Vaccination in the Punjab 1897-1904 - 1897-1904
Year: 1897
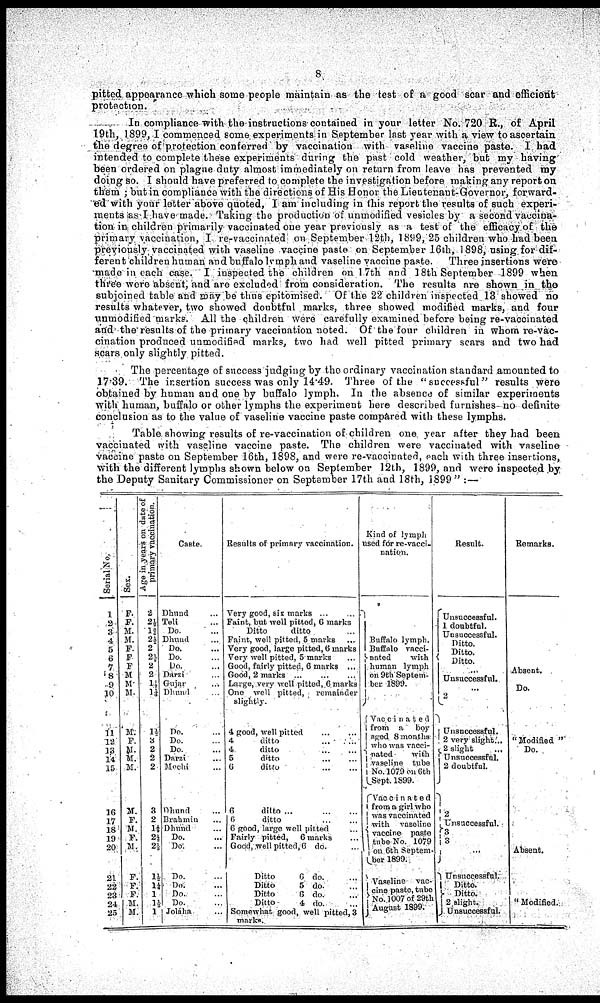
8
pitted appearance which some people maintain as the test of a good scar and efficient
protection.
In compliance with the instructions contained in your letter No. 720 R., of April
19th, 1899, I commenced some experiments in September last year with a view to ascertain
the degree of protection conferred by vaccination with vaseline vaccine paste. I had
intended to complete these experiments during the past cold weather, but my having
been ordered on plague duty almost immediately on return from leave has prevented my
doing so. I should have preferred to complete the investigation before making any report on
them ; but in compliance with the directions of His Honor the Lieutenant-Governor, forward-
ed with your letter above quoted, I am including in this report the results of such experi-
ments as I have made. Taking the production of unmodified vesicles by a second vaccina-
tion in children primarily vaccinated one year previously as a test of the efficacy of the
primary vaccination, I re-vaccinated on September 12th, 1899, 25 children who had been
previously vaccinated with vaseline vaccine paste on September 16th, 1898, using for dif-
ferent children human and buffalo lymph and vaseline vaccine paste.
Three insertions were
made in each case. I inspected the children on 17th and 18th September 1899 when
three were absent, and are excluded from consideration. The results are shown in the
subjoined table and may be thus epitomised. Of the 22 children inspected 13 showed no
results whatever, two showed doubtful marks, three showed modified marks, and four
unmodified marks. All the children were carefully examined before being re-vaccinated
and the results of the primary vaccination noted. Of the four children in whom re-vac-
cination produced unmodified marks, two had well pitted primary scars and two had
scars only slightly pitted.
The percentage of success judging by the ordinary vaccination standard amounted to
17.39. The insertion success was only 14.49. Three of the “successful“ results were
obtained by human and one by buffalo lymph. In the absence of similar experiments
with human, buffalo or other lymphs the experiment here described furnishes- no definite
conclusion as to the value of vaseline vaccine paste compared with these lymphs.
Table showing results of re-vaccination of children one year after they had been
vaccinated with vaseline vaccine paste. The children were vaccinated with vaseline
vaccine paste on September 16th, 1898, and were re-vaccinated, each with three insertions,
with the different lymphs shown below on September 12th, 1899, and were inspected by
the Deputy Sanitary Commissioner on September 17th and 18th, 1899" :—
Serial No.
1
2
3
4
5
6
7
8
9
10
11
12
13
14
15
16
17
18
19
20
21
22
23
24
25
Sex.
F.
F.
M.
M.
F.
F.
F.
M.
M.
M.
M.
F.
M.
M.
M.
M.
F.
M.
F.
M.
F.
F.
F.
M.
M.
Age in years on date of
primary vaccination.
2
2½
1¾
2½
2
2½
2
2
1½
1¼
1½
3
2
2
2
3
2
1½
2½
2½
1½
1¼
1
1½
1
Caste.
Dhund
Teli
Do.
Dhund
Do.
Do.
Do.
Darzi
Gujar
Dhund
Do.
Do.
Do.
Darzi
Mochi
Dhund
Brahmín
Dhund
Do.
Do:
Do.
Do.
Do.
Do.
Joláha
Results of primary vaccination.
Very good, six marks
Faint, but well pitted, 6 marks
Ditto
ditto
Faint, well pitted, 5 marks
Very good, large pitted, 6 marks
Very well pitted, 5 marks
Good, fairly pitted, 6 marks
Good, 2 marks
Large, very well pitted, 6 marks
One well pitted,
remainder
slightly.
4 good, well pitted
4
ditto
4
ditto
5
ditto
6
ditto
6
ditto
6
ditto
6 good, large well pitted
Fairly pitted,
6 marks
Good, well pitted, 6 do.
Ditto
6 do.
Ditto
5 do.
Ditto
6 do.
Ditto
4 do.
Somewhat good, well pitted, 3
marks.
Kind of lymph
used for re-vacci-
nation.
Buffalo lymph.
Buffalo vacci¬
nated
with
human lymph
on 9th Septem-
ber 1899.
Vaccinated
from a
boy
aged 8 months
who was vacci¬
nated
with
vaseline
tube
No.1079 on 6th
Sept. 1899.
Vaccinated
from a girl who
was vaccinated
with
vaseline
vaccine
paste
tube No. 1079
on 6th Septem¬
ber 1899.
Vaseline
vac¬
cine paste, tube
No. 1007 of 29th
August 1899.
Result.
Unsuccessful.
1 doubtful.
Unsuccessful.
Ditto.
Ditto.
Ditto.
...
Unsuccessful.
...
2
Unsuccessful.
2 very slight.
2 slight.
Unsuccessful.
2 doubtful.
2
Unsuccessful.
3
3
...
Unsuccessful.
Ditto.
Ditto.
2 slight.
Unsuccessful.
Remarks.
Absent
Do.
"Modified"
Do.
Absent.
“Modified"